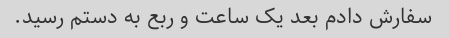
سفارش دادم بعد یک ساعت و ربع به دستم رسید.